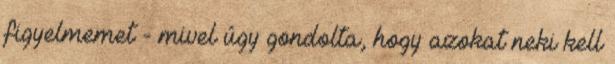
figyelmemet - mivel úgy gondolta, hogy azokat neki kell